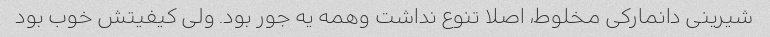
شیرینی دانمارکی مخلوط، اصلا تنوع نداشت وهمه یه جور بود. ولی کیفیتش خوب بود